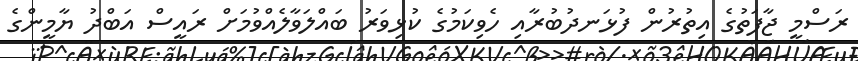
ރަސްމީ ޖާފަތުގެ އިތުރުން ފުޅަނދުބުރާއި ހެވިކަމުގެ ކުޅިވަރު ބައްލަވާލެއްވުމަށް ރައީސް އަބްދު ޔާމީންގެ